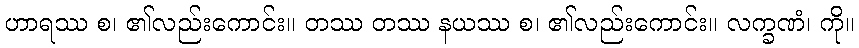
ဟာရဿ စ၊ ၏လည်းကောင်း။ တဿ တဿ နယဿ စ၊ ၏လည်းကောင်း။ လက္ခဏံ၊ ကို။